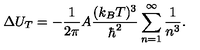
\Delta U _ { T } = - { \frac { 1 } { 2 \pi } } A { \frac { ( k _ { B } T ) ^ { 3 } } { \hbar ^ { 2 } } } \sum _ { n = 1 } ^ { \infty } { \frac { 1 } { n ^ { 3 } } } .